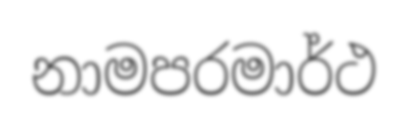
නාමපරමාර්ථ